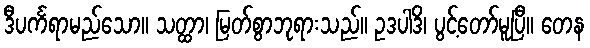
ဒီပင်္ကရာမည်သော။ သတ္ထာ၊ မြတ်စွာဘုရားသည်။ ဥဒပါဒိ၊ ပွင့်တော်မူပြီ။ တေန